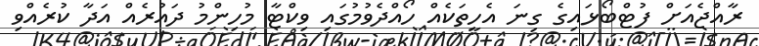
ރާއްޖެއަށް ފުޓްބޯޅައިގެ ގިނަ އެހީތަކެއް ހޯއްދެވުމުގައި ވިކްޓާ މުހިންމު ދައުރެއް އަދާ ކުރެއްވި